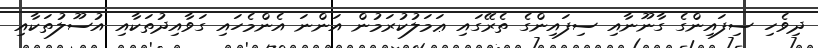
ދިވެހި ސިފައިންގެ ގާނޫނާއި ސިފައިންގެ ތެރޭގައި ޢަމަލުކުރަމުން އަންނަ އެންމެހައި ގަވާއިދުތަކާއި އުސޫލުތަކާއި